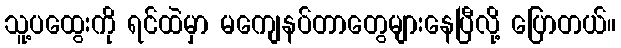
သူ့ပထွေးကို ရင်ထဲမှာ မကျေနပ်တာတွေများနေပြီလို့ ပြောတယ်။